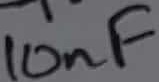
Text: 10nF